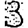
Digit: 3